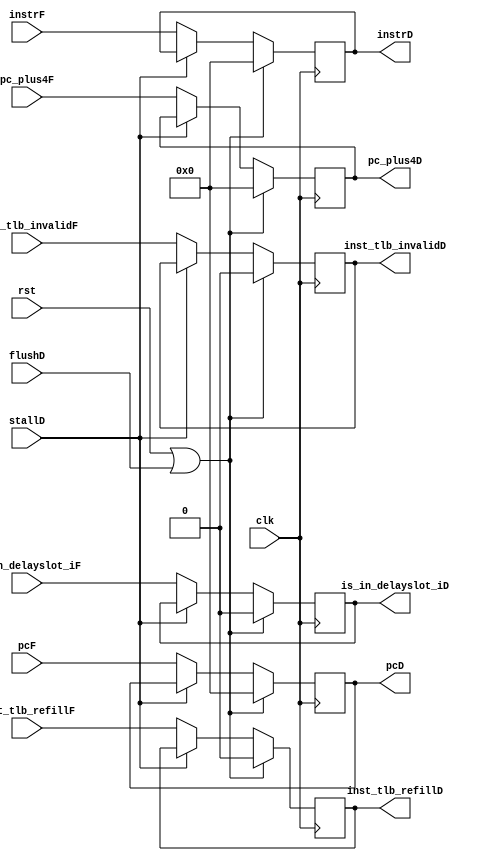
module if_id(
    input wire clk, rst,
    input wire flushD,
    input wire stallD,
    input wire [31:0] pcF,
    input wire [31:0] pc_plus4F,

    input wire [31:0] instrF,
    input wire is_in_delayslot_iF,
    input wire inst_tlb_refillF, inst_tlb_invalidF,


    output reg [31:0] pcD,
    output reg [31:0] pc_plus4D,
    output reg [31:0] instrD,
    output reg is_in_delayslot_iD,
    output reg inst_tlb_refillD, inst_tlb_invalidD
);

    always @(posedge clk) begin
        if(rst | flushD) begin
            pcD                 <= 0;
            pc_plus4D           <= 0;
            instrD              <= 0;
            is_in_delayslot_iD  <= 0;
            inst_tlb_refillD    <= 0;
            inst_tlb_invalidD   <= 0;
        end
        else if(~stallD) begin
            pcD                 <= pcF                  ;
            pc_plus4D           <= pc_plus4F            ;
            instrD              <= instrF               ;
            is_in_delayslot_iD  <= is_in_delayslot_iF   ;
            inst_tlb_refillD    <= inst_tlb_refillF     ;
            inst_tlb_invalidD   <= inst_tlb_invalidF    ;
        end
    end
endmodule